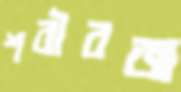
শরীরজ